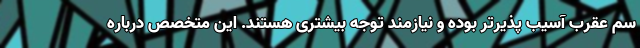
سم عقرب آسیب پذیرتر بوده و نیازمند توجه بیشتری هستند. این متخصص درباره